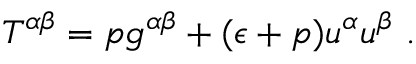
T ^ { \alpha \beta } = p g ^ { \alpha \beta } + ( \epsilon + p ) u ^ { \alpha } u ^ { \beta } ~ .